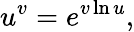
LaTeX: u^{v}=e^{v\ln u},